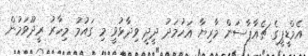
އެމްޑީޕީގެ ޗެއާޕާސަން މާރިޔާ އަހުމަދު ދީދީ ވިދާޅުވީ މި ގައުމު މިހާރު ރީދޫވަމުން